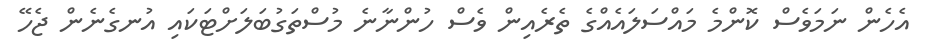
އެހެން ނަމަވެސް ކޮންމެ މައްސަލައެއްގެ ތެރެއިން ވެސް ހުންނާނެ މުސްތަގުބަލަށްޓަކައި އުނގެނެން ޖެހޭ